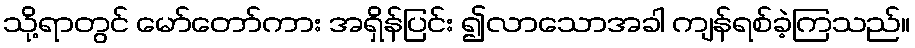
သို့ရာတွင် မော်တော်ကား အရှိန်ပြင်း ၍လာသောအခါ ကျန်ရစ်ခဲ့ကြသည်။